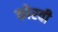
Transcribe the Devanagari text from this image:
कोरवी